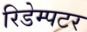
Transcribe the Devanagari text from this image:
रिडेम्पटर